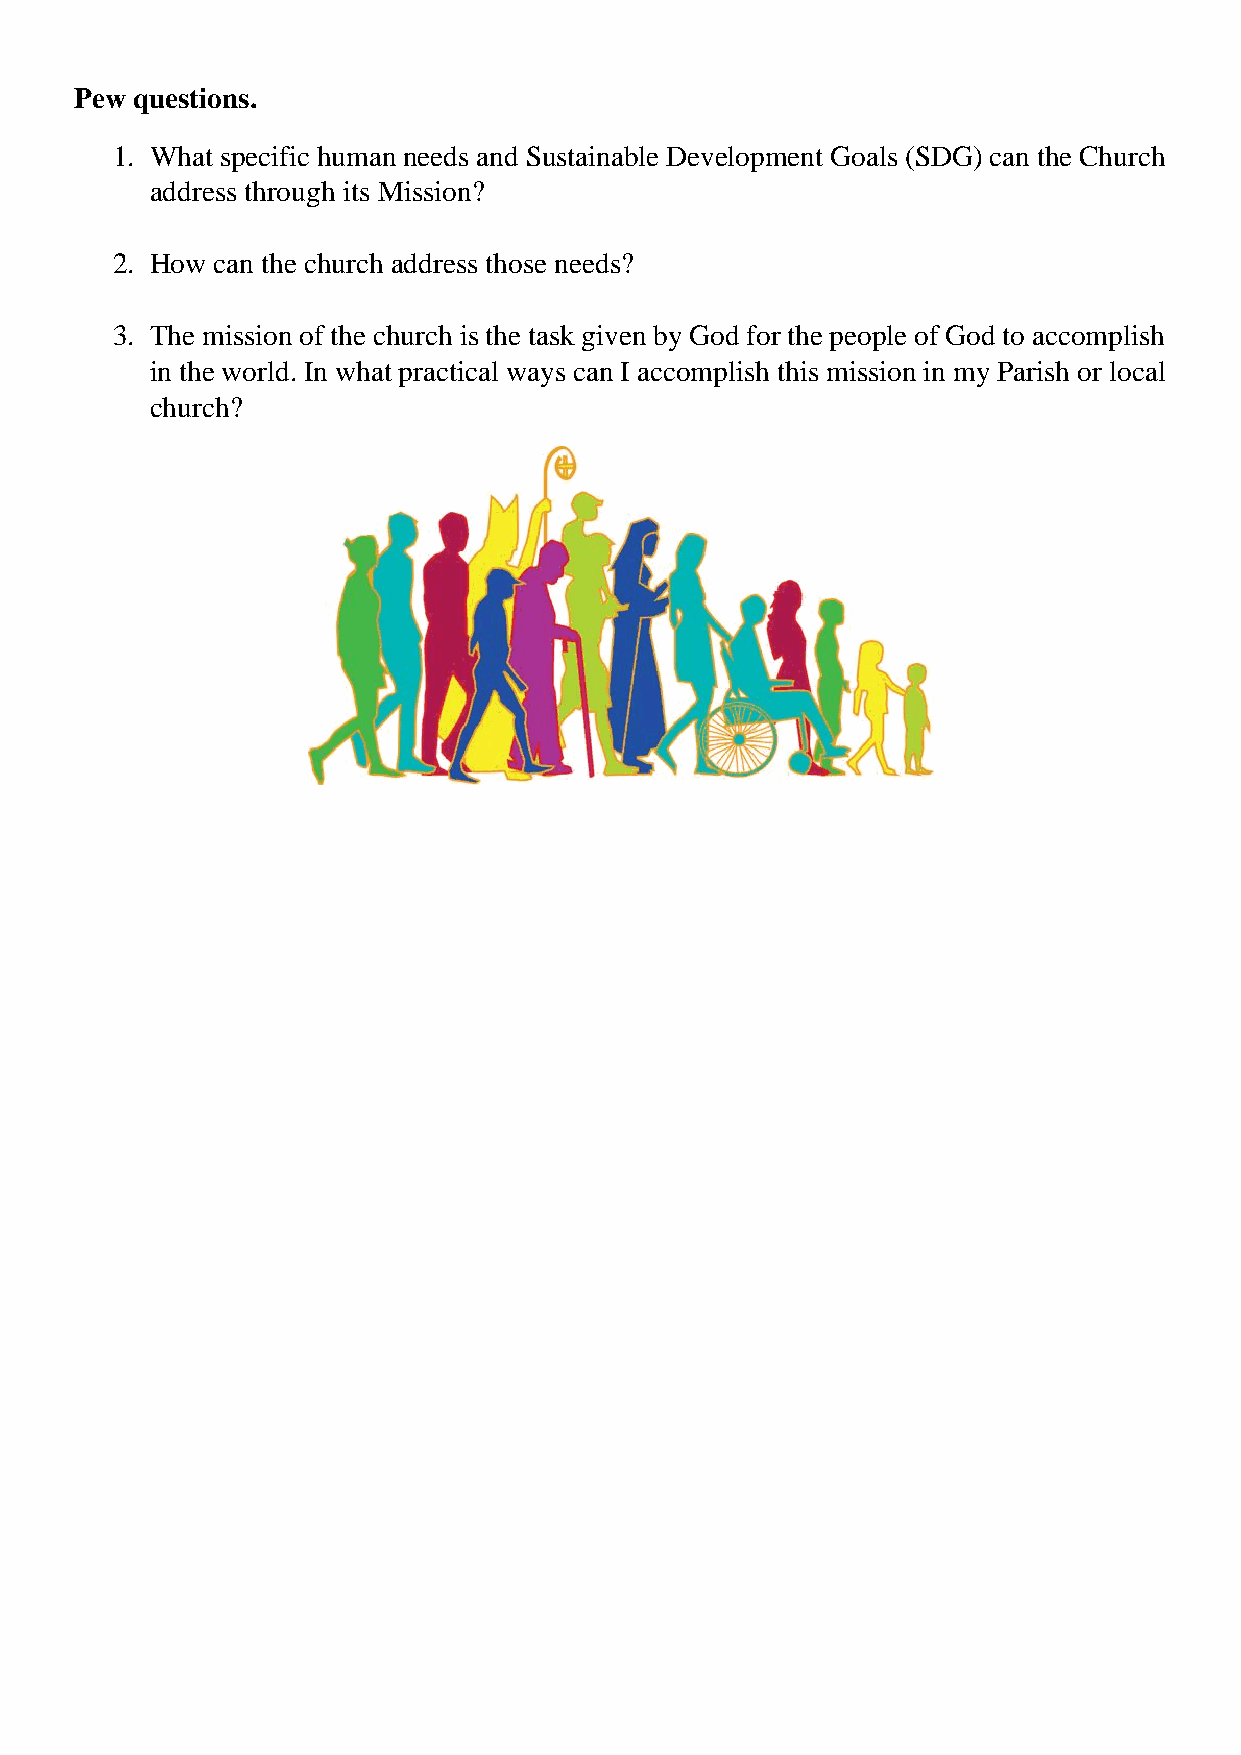
Pew questions.
 1. What specific human needs and Sustainable Development Goals (SDG) can the Church
 address through its Mission?
 2. How can the church address those needs?
 3. The mission of the church is the task given by God for the people of God to accomplish
 in the world. In what practical ways can I accomplish this mission in my Parish or local
 church?